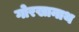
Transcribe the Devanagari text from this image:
गोरखानाथ